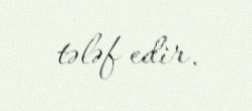
tələf edir.